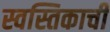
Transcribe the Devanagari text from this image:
स्वस्तिकाची